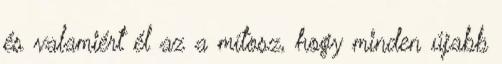
és valamiért él az a mítosz, hogy minden újabb